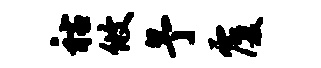
祜攸予覆